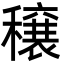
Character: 穣